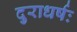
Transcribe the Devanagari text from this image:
दुराधर्षः